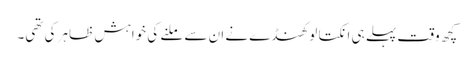
کچھ وقت پہلے ہی انکتا لوکھنڈے نے ان سے ملنے کی خواہش ظاہر کی تھی۔